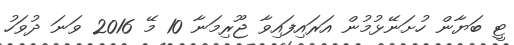
ޓީ ބަޔާން ހުށަނޭޅުމުން އަރައިފައިވާ ޖޫރިމަނާ 10 މޭ 2016 ވަނަ ދުވަހު